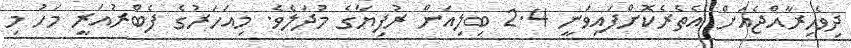
ދިވެހިރާއްޖެއަށް އެތެރެކޮށްފައިވަނީ 2.4 ބިލިއަން ރުފިޔާގެ މުދަލެވެ. މިއަހަރުގެ ފެބްރުއަރީ މަހު މި